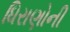
ધિરાણોની